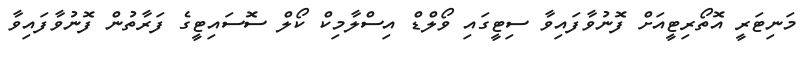
މަނިޓަރީ އޮތޯރިޓީއަށް ފޮނުވާފައިވާ ސިޓީގައި ވޯލްޑް އިސްލާމިކް ކޯލް ސޮސައިޓީގެ ފަރާތުން ފޮނުވާފައިވާ